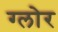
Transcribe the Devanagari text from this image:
ग्लोर